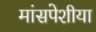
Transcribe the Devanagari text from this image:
मांसपेशीया